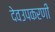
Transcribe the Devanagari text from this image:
देवउपकरणी